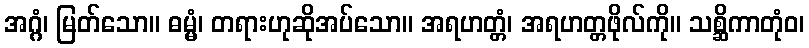
အဂ္ဂံ၊ မြတ်သော။ ဓမ္မံ၊ တရားဟုဆိုအပ်သော။ အရဟတ္တံ၊ အရဟတ္တဖိုလ်ကို။ သစ္ဆိကာတုံဝ၊